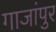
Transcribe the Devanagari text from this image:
गाजांपुर